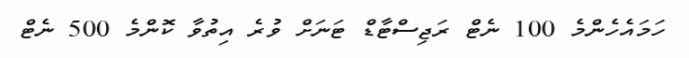
ހަމައެހެންމެ 100 ނެޓް ރަޖިސްޓާޑް ޓަނަށް ވުރެ އިތުވާ ކޮންމެ 500 ނެޓް